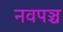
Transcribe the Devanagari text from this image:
नवपञ्च